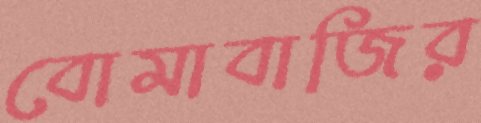
বোমাবাজির